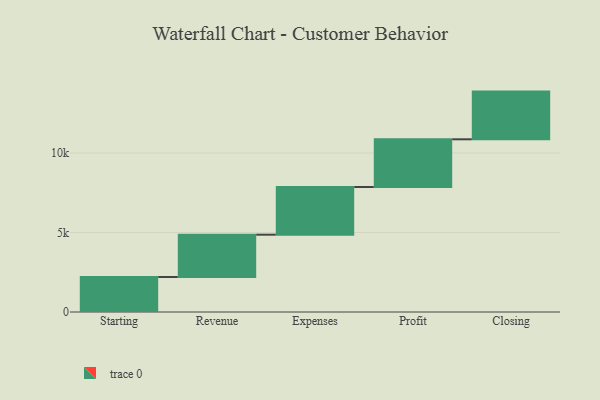
{"axis": {"x": "Step", "y": "Value"}, "legend": [""], "data": [{"x": "Starting", "y": 2200.0, "type": ""}, {"x": "Revenue", "y": 2663.0, "type": ""}, {"x": "Expenses", "y": 3000, "type": ""}, {"x": "Profit", "y": 3000, "type": ""}, {"x": "Closing", "y": 3000, "type": ""}]}